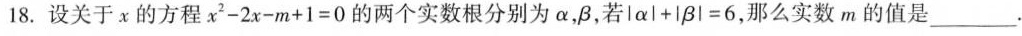
18.设关于x的方程$$x^{2}-2x-m+1=0$$的两个实数根分别为α，β，若$$|a|+|β|$$=6，那么实数m的 值是___。